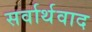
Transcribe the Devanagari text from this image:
सर्वार्थवाद